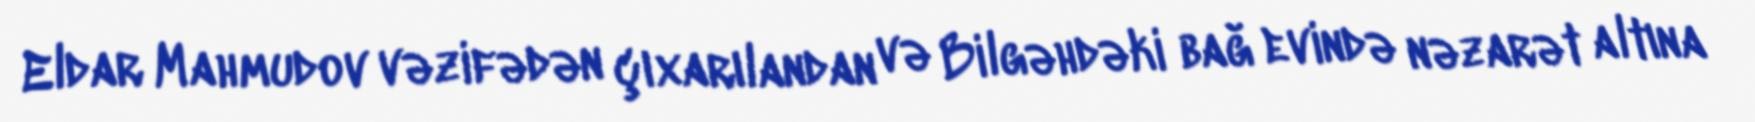
Eldar Mahmudov vəzifədən çıxarılandan və Bilgəhdəki bağ evində nəzarət altına